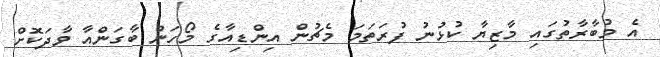
އެ މުބާރާތުގައި މާޒިޔާ ކުޅުނު ފުރަތަމަ މެޗުން އިންޑިއާގެ މޯހަން ބާގަންއާ ވާދަކޮށް